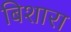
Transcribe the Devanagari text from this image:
बिशारा